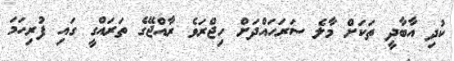
ކުދި އާބާދީ ތަކަށް މާލެ ސަރަހައްދަށް ހިޖްރަވެ ރާއްޖޭގެ ތަރައްގީ ގައި ފުރިހަމަ